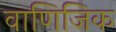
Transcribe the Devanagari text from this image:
वाणिजिक